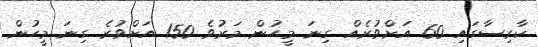
ކާރިސާގައި 60 އަށްވުރެއް ގިނަ މީހުން މަރުވެ 150 އަށްވުރެ ގިނަ މީހުން